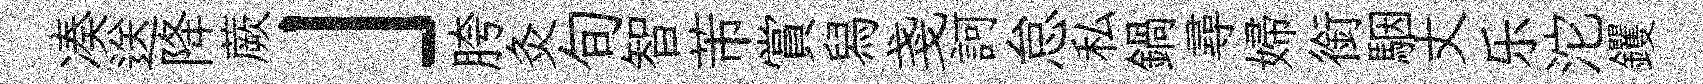
凑送降蕨」胯灸旬智芾賞舄戔訶怠私鍋尋婦銜駰丈乐沱钁